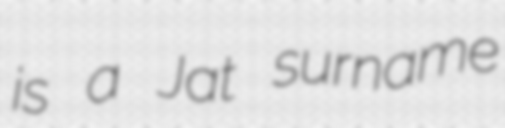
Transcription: is a Jat surname